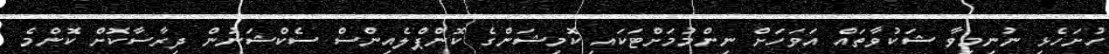
ހުށަހެޅި ނުނިމިވާ ޝަކުވާތައް އަވަހަށް ނިންމުމަށްޓަކައި ކޮމިޝަންގެ ކޮންޕްލެއިންސް ސެކްޝަނުން ދިރާސާކޮށް ކޮންމެ